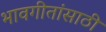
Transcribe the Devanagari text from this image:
भावगीतांसाठी